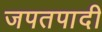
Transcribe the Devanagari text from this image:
जपतपादी